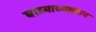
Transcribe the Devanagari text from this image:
घाटमाथ्यावरुन